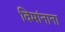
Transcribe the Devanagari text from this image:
विमांनाना